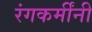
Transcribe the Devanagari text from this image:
रंगकर्मींनी